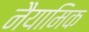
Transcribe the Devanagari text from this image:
नैयामिक